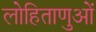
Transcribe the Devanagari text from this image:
लोहिताणुओं